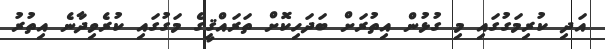
އަދި ކުރިމަގުގައި މި ގުޅުން އިތުރަށް ބަދަހިކޮށް ތަރައްޤީގެ މަގުގައި ކުރެވިދާނެ އިތުރު